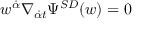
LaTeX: w ^ { { \dot { \alpha } } } \nabla _ { { \dot { \alpha } } t } \Psi ^ { { \cal S D } } ( w ) = 0